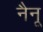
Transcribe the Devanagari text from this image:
नैनू